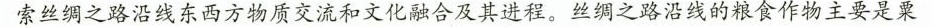
索丝绸之路沿线东西方物质交流和文化融合及其进程。丝绸之路沿线的粮食作物主要是粟